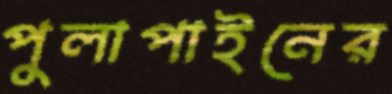
পুলাপাইনের